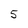
Character: 5